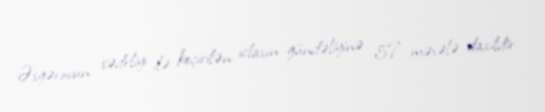
Əsgərovun sədrliyi ilə keçirilən iclasın gündəliyinə 57 məsələ daxildir.